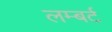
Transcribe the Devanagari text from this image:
लम्बर्ट